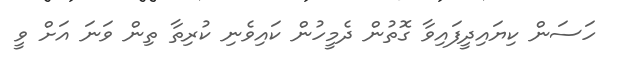
ހަސަން ކިޔައިދީފައިވާ ގޮތުން ދެމީހުން ކައިވެނި ކުރިތާ ތިން ވަނަ އަށް ވީ